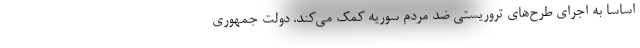
اساسا به اجرای طرح‌های تروریستی ضد مردم سوریه کمک می‌کند. دولت جمهوری